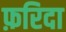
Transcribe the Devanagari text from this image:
फ़रिदा